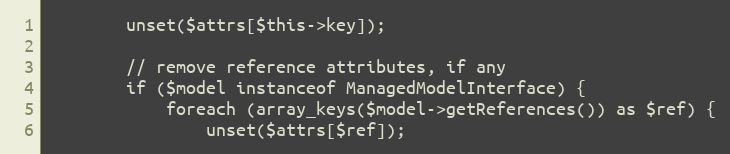
Language: PHP
        unset($attrs[$this->key]);

        // remove reference attributes, if any
        if ($model instanceof ManagedModelInterface) {
            foreach (array_keys($model->getReferences()) as $ref) {
                unset($attrs[$ref]);